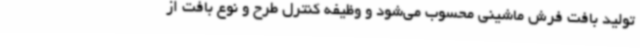
تولید بافت فرش ماشینی محسوب می‌شود و وظیفه کنترل طرح و نوع بافت از